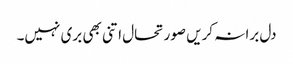
دل برا نہ کریں صورتحال اتنی بھی بری نہیں۔